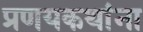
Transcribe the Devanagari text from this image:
प्रणयकथांना